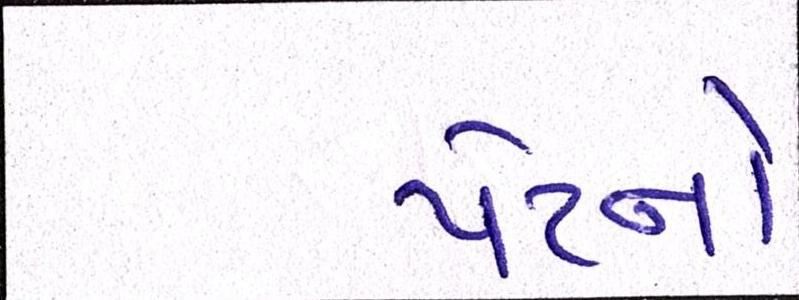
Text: પેટનો